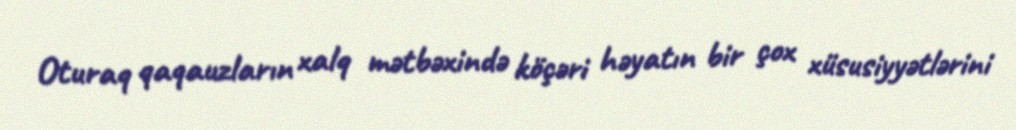
Oturaq qaqauzların xalq mətbəxində köçəri həyatın bir çox xüsusiyyətlərini